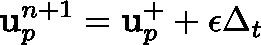
\mathbf { u } _ { p } ^ { n + 1 } = \mathbf { u } _ { p } ^ { + } + \mathbf { \epsilon } \Delta _ { t }